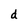
Character: d